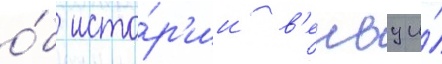
о́б исто́р'ии в'енву и́